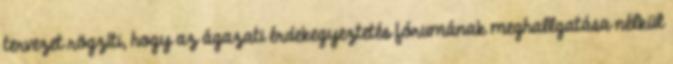
tervezet rögzíti, hogy az ágazati érdekegyeztetés fórumának meghallgatása nélkül